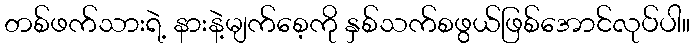
တစ်ဖက်သားရဲ့ နားနဲ့မျက်စေ့ကို နှစ်သက်စဖွယ်ဖြစ်အောင်လုပ်ပါ။